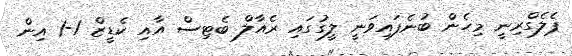
ޕެލެގްރިނީ މިހެން ބުނެފައިވަނީ ލީގުގައި ރެއާލް ބެޓިސް އާއި ކެޑީޒް 1-1 އިން